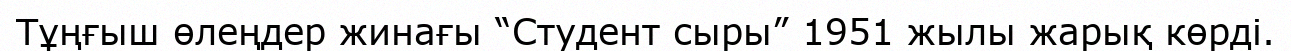
Тұңғыш өлеңдер жинағы “Студент сыры” 1951 жылы жарық көрді.